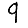
Digit: 9